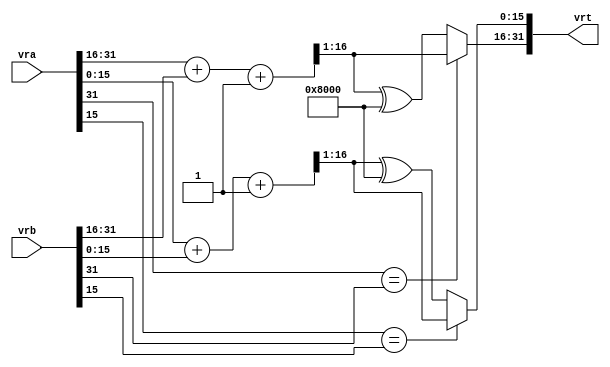
module vsfx_vavgsh(
    vrt,
    vra,
    vrb
);

output  [31 : 0]    vrt;
input   [31 : 0]    vra;
input   [31 : 0]    vrb;

wire    [16 : 0]    aop0;
wire    [16 : 0]    bop0;
wire    [16 : 0]    aop1;
wire    [16 : 0]    bop1;
wire    [16 : 0]    sum0;
wire    [16 : 0]    sum1;
wire    [31 : 0]    vrt;

assign aop1                = {1'b0,vra[31:16]};
assign bop1                = {1'b0,vrb[31:16]};
assign aop0                = {1'b0,vra[15:0]};
assign bop0                = {1'b0,vrb[15:0]};

/*if(aop1[15] == bop1[15])
begin
	assign sum1                = (aop1 + bop1 + 17'h00001) >> 1;
end
else
begin
	assign sum1                = (aop1 + bop1 + 17'h00001) >> 1;
	assign sum1[15]            = ~sum1[15];
end

if(aop0[15] == bop0[15])
begin
	assign sum0                = (aop0 + bop0 + 17'h00001) >> 1;
end
else
begin
	assign sum0                = (aop0 + bop0 + 17'h00001) >> 1;
	assign sum0[15]            = ~sum0[15];
end*/

assign sum1                = (aop1[15] == bop1[15]) ? ((aop1 + bop1 + 17'h00001) >> 1) : ((aop1 + bop1 + 17'h00001) >> 1)^16'h8000;
assign sum0                = (aop0[15] == bop0[15]) ? ((aop0 + bop0 + 17'h00001) >> 1) : ((aop0 + bop0 + 17'h00001) >> 1)^16'h8000;

//assign sum1[15]            = (aop1[15] == bop1[15]) ? sum1[15] : ~sum1[15];

/*assign sum0                = (aop0 + bop0 + 17'h00001) >> 1;
assign x                   = sum0[15] ^ 1;
assign sum0[15]            = x;
*/

assign vrt                = {sum1[15:0], sum0[15:0]};

endmodule